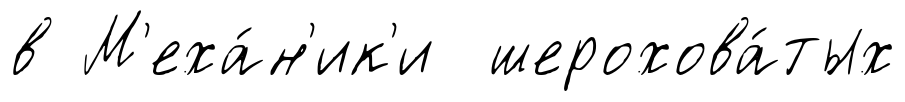
в М'еха́н'ик'и шерохова́тых